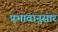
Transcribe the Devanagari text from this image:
प्रभावानुसार